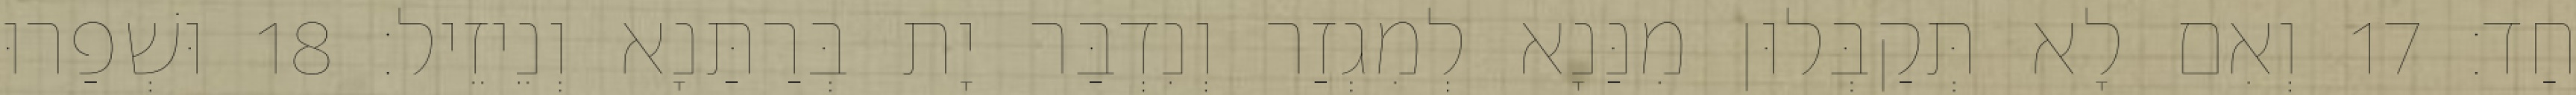
חַד׃ 17 וְאִם לָא תְּקַבְּלוּן מִנַּנָא לְמִגְזַר וְנִדְבַּר יָת בְּרַתַּנָא וְנֵיזֵיל׃ 18 וּשְׁפַרוּ